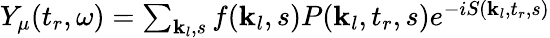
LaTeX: \begin{array}{r}{Y_{\mu}(t_{r},\omega)=\sum_{\textbf{k}_{l},s}f(\textbf{k}_{l},s)P(\textbf{k}_{l},t_{r},s)e^{-iS(\textbf{k}_{l},t_{r},s)}}\end{array}